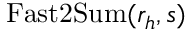
\mathrm { F a s t 2 S u m } ( r _ { h } , s )